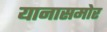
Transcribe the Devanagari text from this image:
यानासमोर